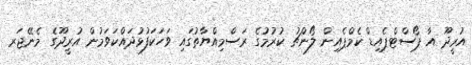
އުރީދޫ އާ ޕޯސްޓްޕެއިޑް ކެމްޕެއިން ލޯންޗު ކުރުމުގެ ރަސްމިއްޔާތުގައި ވަހަކަފުޅުދައްކަވަމުން އުރީދޫގެ މެނޭޖަރ